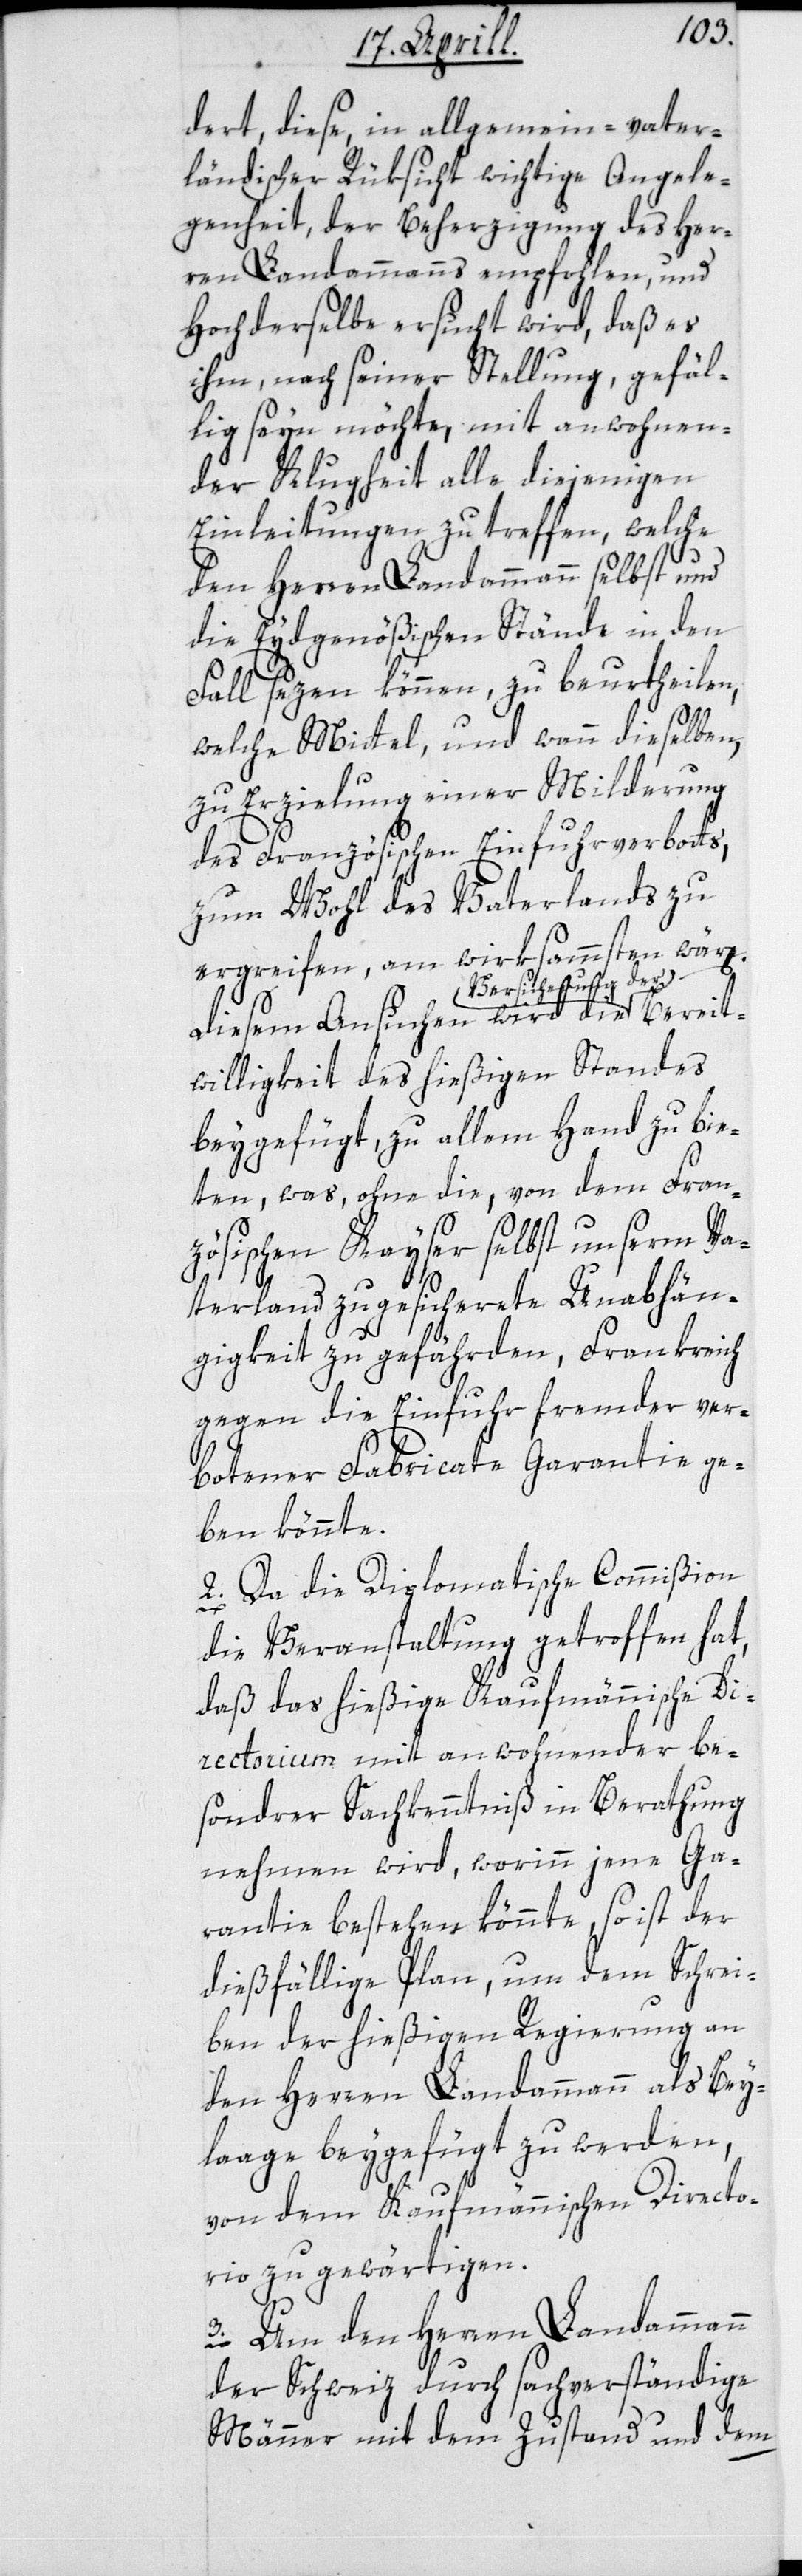
dert, diese in allgemein-vater¬
ländischer Rüksicht wichtige Angele¬
genheit, der Beherzigung des Her¬
ren Landammanns empfohlen, und
Hochderselbe ersucht wird, daß es
ihm, nach seiner Stellung, gefäl¬
lig seyn möchte, mit anwohnen¬
der Klugheit alle diejenigen
Einleitungen zu treffen, welche
den Herren Landammann selbst und
die Eydgenößischen Stände in den
Fall sezen können, zu beurtheilen,
welche Mittel, und wann dieselben,
zu Erzielung einer Milderung
des Französischen Einfuhrverbots,
zum Wohl des Vaterlands zu
ergreifen, am wirksammsten wär[e¬
cherung der
Diesem Ansuchen wird die Versi¬
willigkeit des hießigen Standes
beygefügt, zu allem Hand zu bie¬
ten, was ohne die von dem fran¬
zösischen Kayser selbst unserm Va¬
terland zugesicherte Unabhän¬
gigkeit zu gefährden, Frankreich
gegen die Einfuhr fremder ver¬
n].
botener Fabricate Garantie ge¬
ben könnte.
2. Da die Diplomatische Commißion
die Veranstaltung getroffen hat,
daß das hießige Kaufmännische Di¬
rectorium mit anwohnender be¬
sonderer Sachkenntniß in Berathung
nehmen wird, worinn jene Ga¬
rantie bestehen könnte, so ist der
dießfällige Plan, um dem Schrei¬
ben der hießigen Regierung an
den Herren Landammann als Bey¬
laage beygefügt zu werden,
Bereit¬
von dem Kaufmännischen Directo¬
rio zu gewärtigen.
3. Um den Herren Landammann
der Schweiz durch sachverständige
Männer mit dem Zustand und dem